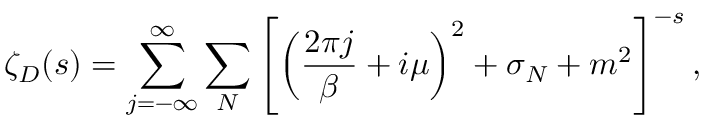
\zeta _ { \cal D } ( s ) = \sum _ { j = - \infty } ^ { \infty } \sum _ { N } \left[ \left( { \frac { 2 \pi j } { \beta } } + i \mu \right) ^ { 2 } + \sigma _ { N } + m ^ { 2 } \right] ^ { - s } ,